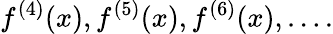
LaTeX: f^{(4)}(x),f^{(5)}(x),f^{(6)}(x),\ldots.